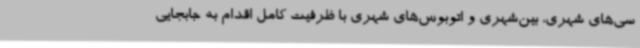
سی‌های شهری، بین‌شهری و اتوبوس‌های شهری با ظرفیت کامل اقدام به جابجایی